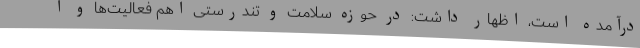
درآمده است، اظهار داشت: در حوزه سلامت و تندرستی اهم فعالیت‌ها و ا